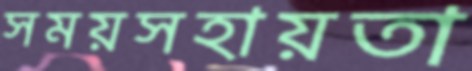
সময়সহায়তা